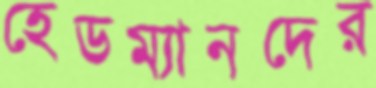
হেডম্যানদের